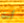
أنت